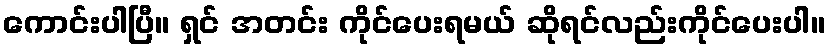
ကောင်းပါပြီ။ ရှင် အတင်း ကိုင်ပေးရမယ် ဆိုရင်လည်းကိုင်ပေးပါ။